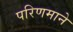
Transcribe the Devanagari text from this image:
परिणमाने